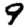
Digit: 9